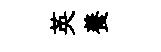
英養